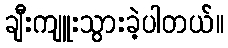
ချီးကျူးသွားခဲ့ပါတယ်။